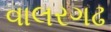
વાલરગઢ